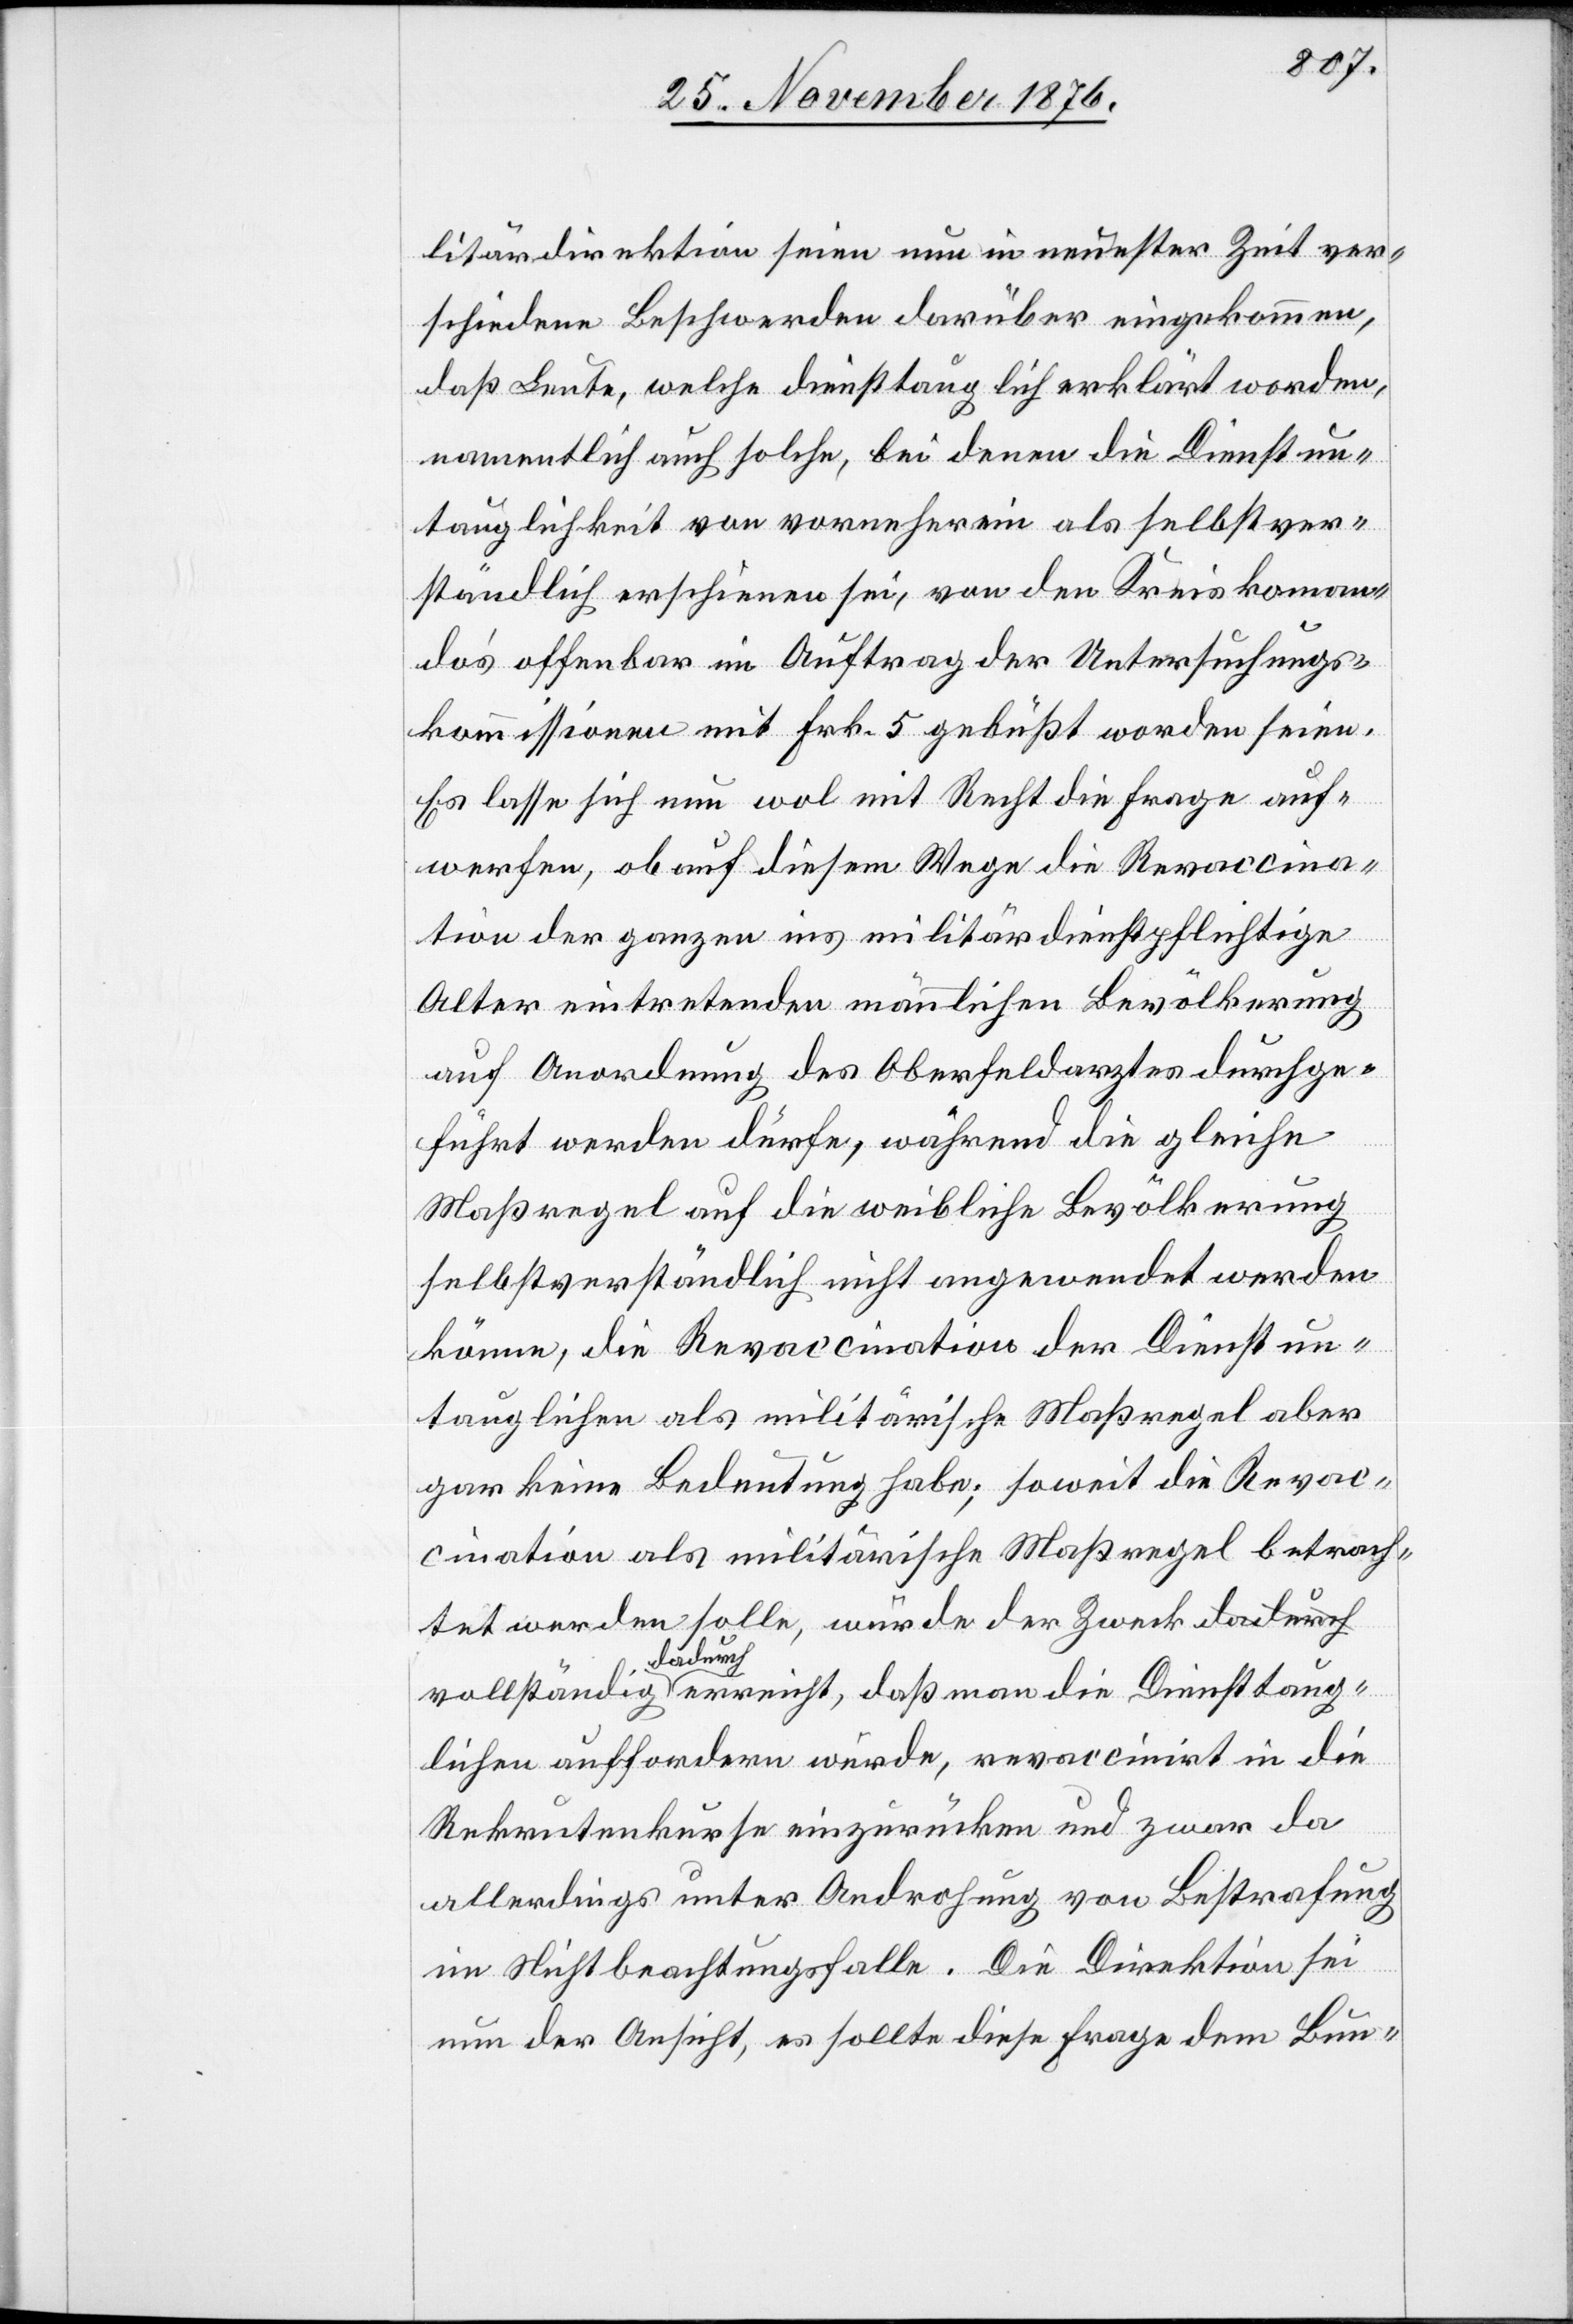
litärdirektion seien nun in neuester Zeit ver¬
schiedene Beschwerden darüber eingekommen,
daß Leute, welche diensttauglich erklärt worden,
namentlich auch solche, bei denen die Dienstun¬
tauglichkeit von vorneherein als selbstver¬
ständlich erschienen sei, von den Kreiskomman¬
do’s offenbar im Auftrag der Untersuchungs¬
kommission mit Frk. 5 gebüßt worden seien.
Es lasse sich nun wol mit Recht die Frage auf¬
werfen, ob auf diesem Wege die Revaccina¬
tion der ganzen ins militärdienstpflichtige
Alter eintretenden männlichen Bevölkerung
auf Anordnung des Oberfeldarztes durchge¬
führt werden dürfe, während die gleiche
Maßregel auf die weibliche Bevölkerung
selbstverständlich nicht angewendet werden
könne, die Revaccination der Dienstun¬
tauglichen als militärische Maßregel aber
gar keine Bedeutung habe; soweit die Revac¬
cination als militärische Maßregel betrach¬
tet werden solle, würde der Zweck vollständig
Diensttaug¬
lichen auffordern würde, revaccinirt in die
Rekrutenkurse einzurücken und zwar da
allerdings unter Androhung von Bestrafung
im Nichtbeachtungsfalle. Die Direktion sei
nun der Ansicht, es sollte die Frage dem Bun-